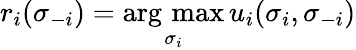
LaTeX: r_{i}(\sigma_{-i})=\mathop{\underset{\sigma_{i}}{\operatorname{arg\, max}}}u_{i}(\sigma_{i},\sigma_{-i})